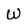
Character: W